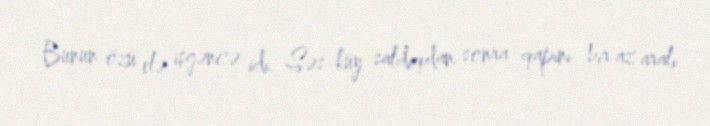
Bunun özü elə işgəncə idi. Səs-küy saldıqdan sonra qapını bir az aralı